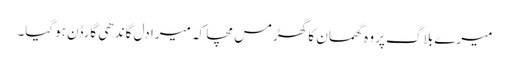
میرے بلاگ پر وہ گھمسان کا گھڑمس مچا کہ میرا دل گاندھی گارڈن ہوگیا۔